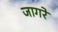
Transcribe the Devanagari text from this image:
जागरे